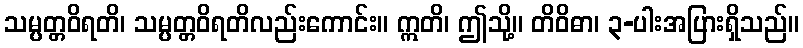
သမ္ပတ္တဝိရတိ၊ သမ္ပတ္တဝိရတိလည်းကောင်း။ ဣတိ၊ ဤသို့။ တိဝိဓာ၊ ၃-ပါးအပြားရှိသည်။